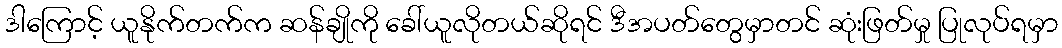
ဒါကြောင့် ယူနိုက်တက်က ဆန်ချိုကို ခေါ်ယူလိုတယ်ဆိုရင် ဒီအပတ်တွေမှာတင် ဆုံးဖြတ်မှု ပြုလုပ်ရမှာ